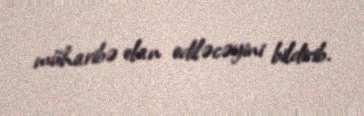
müharibə elan ediləcəyini bildirib.